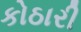
કોઠારી